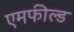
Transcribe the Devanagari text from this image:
एमफील्ड